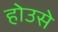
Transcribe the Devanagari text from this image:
होउसे